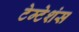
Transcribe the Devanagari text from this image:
टेम्टेशंस